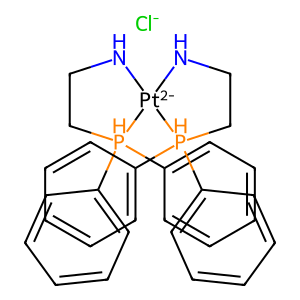
SMILES: [Cl-].c1ccc([PH]2(c3ccccc3)CCN[Pt-2]23NCC[PH]3(c2ccccc2)c2ccccc2)cc1
Inhibits HIV replication: No